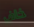
خاف